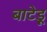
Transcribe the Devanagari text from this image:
बाटेड़ू